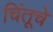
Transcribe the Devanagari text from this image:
चिंतूचे